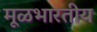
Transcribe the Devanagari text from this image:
मूळभारतीय